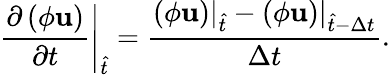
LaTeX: {\left.{\frac{{\partial\left({\phi{\mathbf{u}}}\right)}}{{\partial t}}}\right|_{\hat{t}}}=\frac{{{{\left.{\left({\phi{\mathbf{u}}}\right)}\right|}_{\hat{t}}}-{{\left.{\left({\phi{\mathbf{u}}}\right)}\right|}_{\hat{t}-\Delta t}}}}{{\Delta t}}.